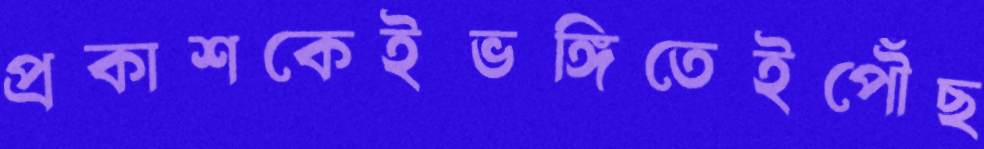
প্রকাশকেইভঙ্গিতেইপৌঁছ